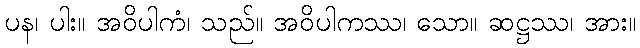
ပန၊ ပါး။ အဝိပါကံ၊ သည်။ အဝိပါကဿ၊ သော။ ဆဋ္ဌဿ၊ အား။